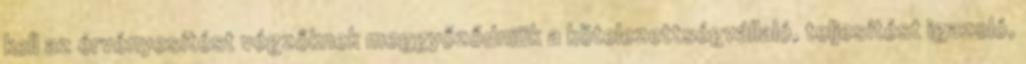
kell az érvényesítést végzőknek meggyőződniük a kötelezettségvállaló, teljesítést igazoló,